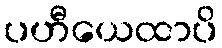
ပဟီယေထာပိ